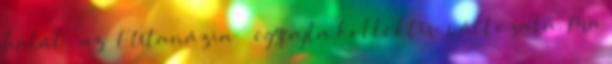
halál – az „EUtanázia” – egyfajta kollektív változata. Ma